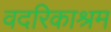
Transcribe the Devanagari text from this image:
वदरिकाश्रम